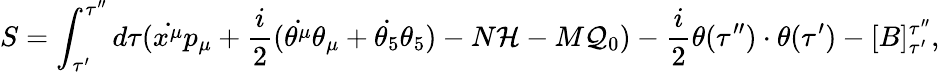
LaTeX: S=\int_{\tau^{\prime}}^{\tau^{\prime\prime}}d\tau(\dot{x^{\mu}}p_{\mu}+\frac{i}{2}(\dot{\theta^{\mu}}\theta_{\mu}+\dot{\theta_{5}}\theta_{5})-N{\cal H}-M{\cal Q}_{0})-\frac{i}{2}\theta(\tau^{\prime\prime})\cdot\theta(\tau^{\prime})-[B]_{\tau^{\prime}}^{\tau^{\prime\prime}},